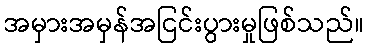
အမှားအမှန်အငြင်းပွားမှုဖြစ်သည်။